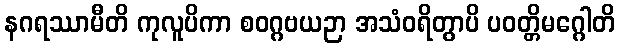
နဂရဿာမီတိ ကုလူပိကာ စဝဂ္ဂဗယဉာ အသံဝရိတွာပိ ပဝတ္တိမဂ္ဂေါတိ